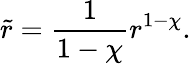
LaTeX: \tilde{r}=\frac{1}{1-\chi}r^{1-\chi}.